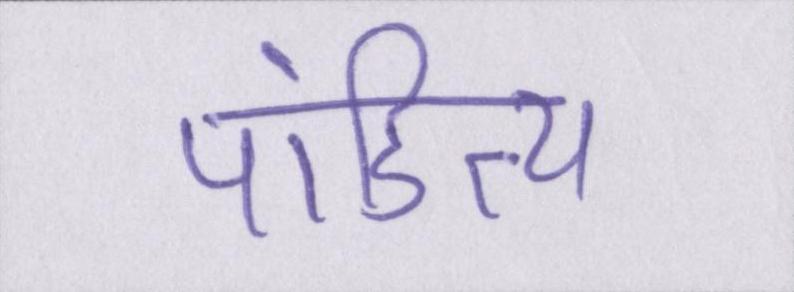
पांडित्य